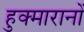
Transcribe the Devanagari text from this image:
हुक्मारानों